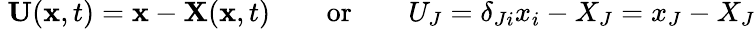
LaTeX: \ \mathbf{U}(\mathbf{x},t)=\mathbf{x}-\mathbf{X}(\mathbf{x},t)\qquad{\mathrm{or}}\qquad U_{J}=\delta_{Ji}x_{i}-X_{J}=x_{J}-X_{J}